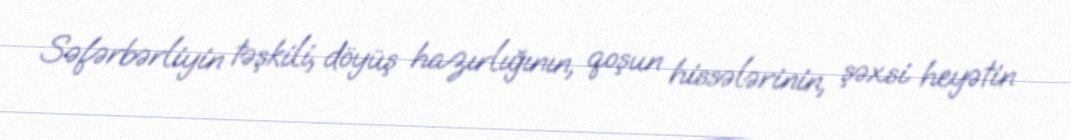
Səfərbərliyin təşkili, döyüş hazırlığının, qoşun hissələrinin, şəxsi heyətin